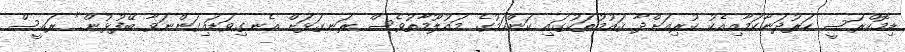
ޑިމޮކްރަސީ ހަރުދަނާކަމާއިއެކު ކުރިއަށްދާ ޤައުމުތަކުގައި ކަންކަމުގެ މައުލޫމާތުވެސް ރަނގަޅަށް އެނގިވަޑައިގަންނަވާ ބޭފުޅުން." ރައީސް